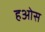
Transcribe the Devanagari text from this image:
हओस